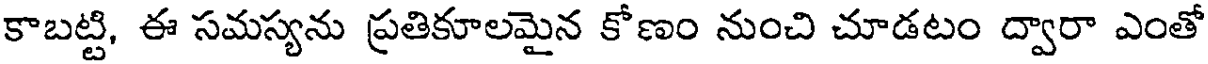
కాబట్టి, ఈ సమస్యను ప్రతికూలమైన కోణం నుంచి చూడటం ద్వారా ఎంతో